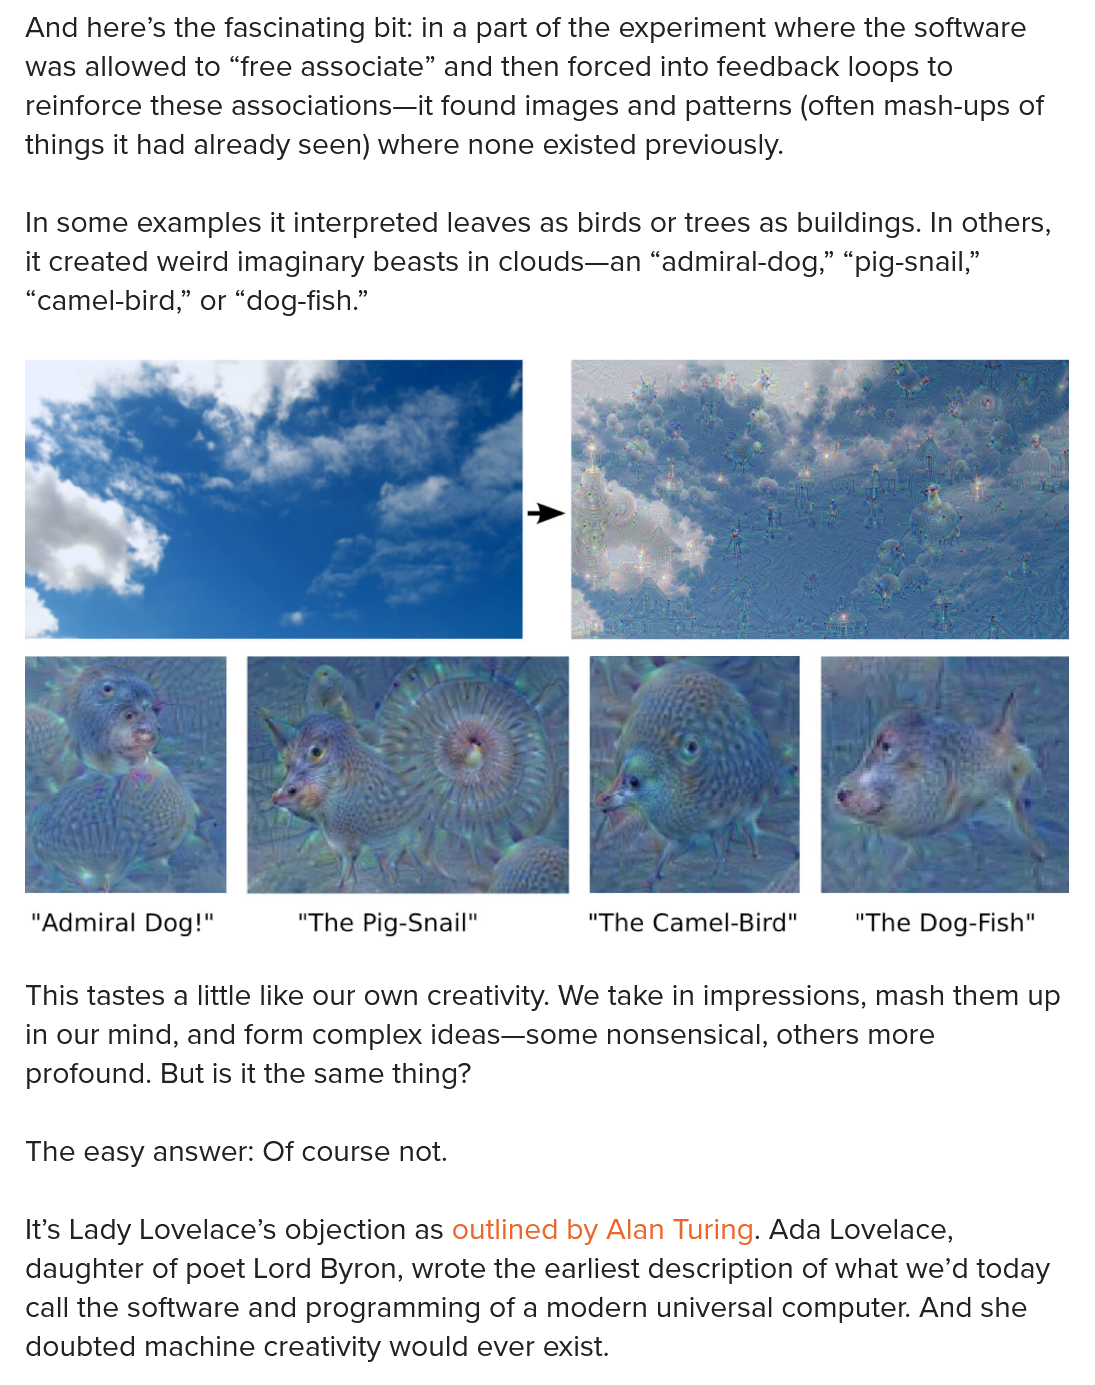
And here’s the fascinating bit: in a part of the experiment where the software
  was allowed to “free associate” and then forced into feedback loops to
  reinforce these associations—it found images and patterns (often mash-ups of
  things it had already seen) where none existed previously.
  In some examples it interpreted leaves as birds or trees as buildings. In others,
  it created weird imaginary beasts in clouds—an “admiral-dog,” “pig-snail,”
  “camel-bird,” or “dog-fish.”
  This tastes a little like our own creativity. We take in impressions, mash them up
  in our mind, and form complex ideas—some nonsensical, others more
  profound. But is it the same thing?
  The easy answer: Of course not.
  It’s Lady Lovelace’s objection as outlined by Alan Turing. Ada Lovelace,
  daughter of poet Lord Byron, wrote the earliest description of what we’d today
  call the software and programming of a modern universal computer. And she
  doubted machine creativity would ever exist.
     “The Dog-Fish" "The Camel-Bird" The Pig-Snail" “Admiral Dog!"